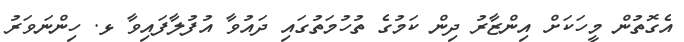
އެގޮތުން މީހަކަށް އިންޒާރު ދިން ކަމުގެ ތުހުމަތުގައި ދައުވާ އުފުލާފައިވާ ޅ. ހިންނަވަރު